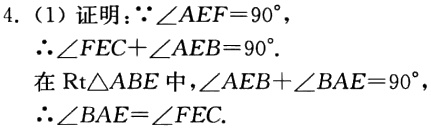
4. (1) 证明：\(\because\angle AEF = 90^{\circ}\)，
\(\therefore\angle FEC+\angle AEB = 90^{\circ}\).
在\(\text{Rt}\triangle ABE\)中，\(\angle AEB+\angle BAE = 90^{\circ}\)，
\(\therefore\angle BAE=\angle FEC\).